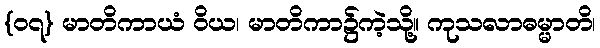
{၀၇} မာတိကာယံ ဝိယ၊ မာတိကာ၌ကဲ့သို့။ ကုသလာဓမ္မာတိ၊